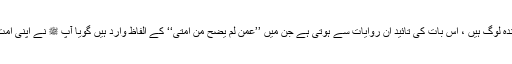
حالانکہ یہ استدلال درست نہیں ہے کیونکہ یہاں امت محمد سے مراد زندہ لوگ ہیں ، اس بات کی تائید ان روایات سے ہوتی ہے جن میں ’’عمن لم یضح من امتی‘‘ کے الفاظ وارد ہیں گویا آپ ﷺ نے اپنی امت کے ان اشخاص کیطرف سے قربانی کی جو قربانی نہ کر سکے تھے۔